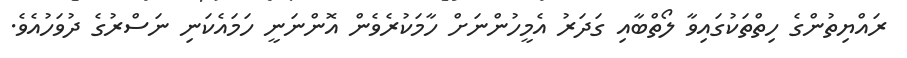
ރައްޔިތުންގެ ހިތްތަކުގައިވާ ލޯތްބާއި ގަދަރު އެމީހުންނަށް ހާމަކުރެވެން އޮންނަނީ ހަމައެކަނި ނަސްރުގެ ދުވަހުއެވެ.